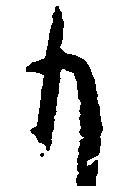
も